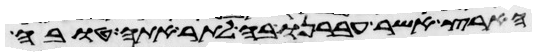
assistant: הארץ אשר עברנו בה לתור אתה טובה